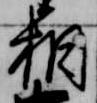
相